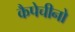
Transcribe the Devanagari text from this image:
कैपेचीनो